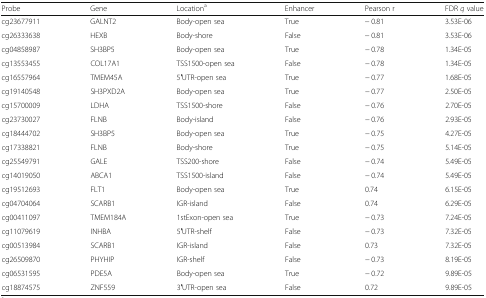
<table><thead><tr><td><b>Probe</b></td><td><b>Gene</b></td><td><b>Location<sup>a</sup></b></td><td><b>Enhancer</b></td><td><b>Pearson r</b></td><td><b>FDR <i>q</i> value</b></td></tr></thead><tbody><tr><td>cg23677911</td><td>GALNT2</td><td>Body-open sea</td><td>True</td><td>− 0.81</td><td>3.53E-06</td></tr><tr><td>cg26333638</td><td>HEXB</td><td>Body-shore</td><td>False</td><td>− 0.81</td><td>3.53E-06</td></tr><tr><td>cg04858987</td><td>SH3BP5</td><td>Body-open sea</td><td>True</td><td>− 0.78</td><td>1.34E-05</td></tr><tr><td>cg13553455</td><td>COL17A1</td><td>TSS1500-open sea</td><td>False</td><td>− 0.78</td><td>1.34E-05</td></tr><tr><td>cg16557964</td><td>TMEM45A</td><td>5′UTR-open sea</td><td>True</td><td>− 0.77</td><td>1.68E-05</td></tr><tr><td>cg19140548</td><td>SH3PXD2A</td><td>Body-open sea</td><td>True</td><td>− 0.77</td><td>2.50E-05</td></tr><tr><td>cg15700009</td><td>LDHA</td><td>TSS1500-shore</td><td>False</td><td>− 0.76</td><td>2.70E-05</td></tr><tr><td>cg23730027</td><td>FLNB</td><td>Body-island</td><td>False</td><td>− 0.76</td><td>2.93E-05</td></tr><tr><td>cg18444702</td><td>SH3BP5</td><td>Body-open sea</td><td>True</td><td>− 0.75</td><td>4.27E-05</td></tr><tr><td>cg17338821</td><td>FLNB</td><td>Body-shore</td><td>True</td><td>− 0.75</td><td>5.14E-05</td></tr><tr><td>cg25549791</td><td>GALE</td><td>TSS200-shore</td><td>False</td><td>− 0.74</td><td>5.49E-05</td></tr><tr><td>cg14019050</td><td>ABCA1</td><td>TSS1500-island</td><td>False</td><td>− 0.74</td><td>5.49E-05</td></tr><tr><td>cg19512693</td><td>FLT1</td><td>Body-open sea</td><td>True</td><td>0.74</td><td>6.15E-05</td></tr><tr><td>cg04704064</td><td>SCARB1</td><td>IGR-island</td><td>False</td><td>0.74</td><td>6.29E-05</td></tr><tr><td>cg00411097</td><td>TMEM184A</td><td>1stExon-open sea</td><td>True</td><td>− 0.73</td><td>7.24E-05</td></tr><tr><td>cg11079619</td><td>INHBA</td><td>5′UTR-shelf</td><td>False</td><td>− 0.73</td><td>7.32E-05</td></tr><tr><td>cg00513984</td><td>SCARB1</td><td>IGR-island</td><td>False</td><td>0.73</td><td>7.32E-05</td></tr><tr><td>cg26509870</td><td>PHYHIP</td><td>IGR-shelf</td><td>False</td><td>− 0.73</td><td>8.19E-05</td></tr><tr><td>cg06531595</td><td>PDE5A</td><td>Body-open sea</td><td>True</td><td>− 0.72</td><td>9.89E-05</td></tr><tr><td>cg18874575</td><td>ZNF559</td><td>3′UTR-open sea</td><td>False</td><td>0.72</td><td>9.89E-05</td></tr></tbody></table>